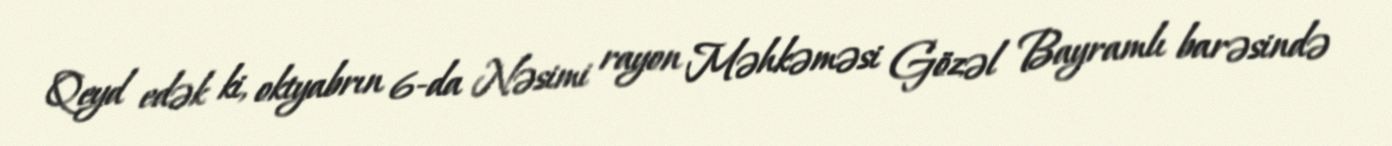
Qeyd edək ki, oktyabrın 6-da Nəsimi rayon Məhkəməsi Gözəl Bayramlı barəsində